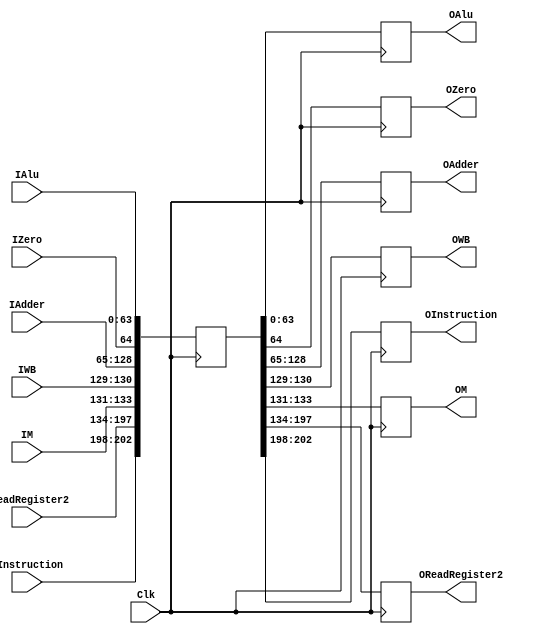
module Ex_mem_register(IAlu,IZero,IAdder,IWB,IM,IReadRegister2,IInstruction,OAlu,OZero,OAdder,OWB,OM,OReadRegister2,OInstruction,Clk);
	
	input [63:0]IAlu;
	input IZero;
	input [63:0]IAdder;
	input[1:0] IWB;
	input[2:0] IM;
	input [63:0]IReadRegister2;
	input [4:0]IInstruction;
	input Clk;
	
	output reg [63:0]OAlu;
	output reg OZero;
	output reg [63:0]OAdder;
	output reg[1:0] OWB;
	output reg[2:0] OM;
	output reg [63:0]OReadRegister2;
	output reg [4:0]OInstruction;

	reg [202:0] registers;
	
	always @(posedge Clk)
	begin 
		//get data from registers
		OAlu = registers[63:0]; 
		OZero =registers[64];
		OAdder = registers[128:65];
		OWB = registers[130:129];
		OM = registers[133:131];
		OReadRegister2 = registers[197:134];
		OInstruction = registers[202:198];


		//save data in register
		registers[63:0]=IAlu; 
		registers[64] = IZero;
	        registers[128:65]=IAdder ;
		registers[130:129] =IWB ;
		registers[133:131] =IM;
	        registers[197:134]=IReadRegister2;
	        registers[202:198]=IInstruction;
	end 
endmodule